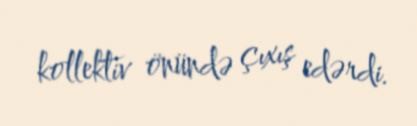
kollektiv önündə çıxış edərdi.